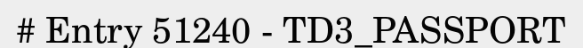
# Entry 51240 - TD3_PASSPORT